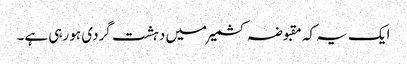
ایک یہ کہ مقبوضہ کشمیر میں دہشت گردی ہو رہی ہے۔